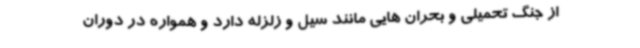
از جنگ تحمیلی و بحران هایی مانند سیل و زلزله دارد و همواره در دوران